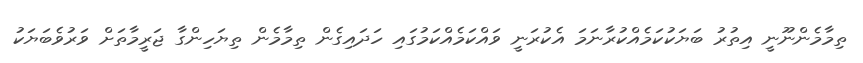
ތިމާމެންނޫނީ އިތުރު ބަޔަކުކަމެއްކުރާނަމަ އެކުރަނީ ވައްކަމެއްކަމުގައި ހަދައިގެން ތިމާމެން ތިޔަހިންގާ ޖަރީމާތަށް ވަރުވެބަޔަކު